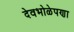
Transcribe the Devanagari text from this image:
देवभोळेपणा